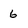
Character: 6